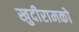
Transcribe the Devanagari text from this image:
खुदीरामको